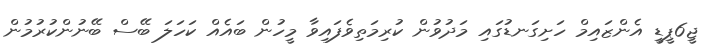
ޖީ6ޕީޑީ އެންޒައިމް ހަށިގަނޑުގައި މަދުވުން ކުރިމަތިވެފައިވާ މީހުން ބައެއް ކަހަލަ ބޭސް ބޭނުންކުރުމުން